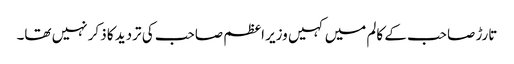
تارڑ صاحب کے کالم میں کہیں وزیر اعظم صاحب کی تردید کا ذکر نہیں تھا۔